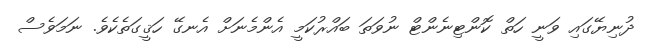
ދުނިޔޭގައި ވަނީ ހަތް ކޮންޓިނެންޓް ނުވަތަ ބައްރުކަމީީ އެންމެނަށް އެނގޭ ހަޤީގަތެކެވެ. ނަމަވެސް